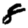
Digit: 8